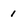
Character: 1